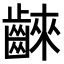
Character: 𪘨